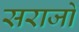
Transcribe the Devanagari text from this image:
सराजो